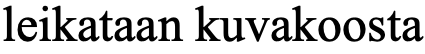
leikataan kuvakoosta